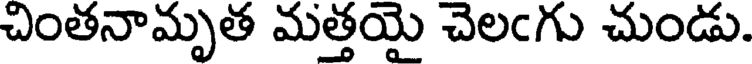
చింతనామృత మత్తయై చెలఁగు చుండు.